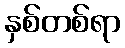
နှစ်တစ်ရာ